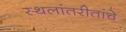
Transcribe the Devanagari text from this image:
स्थलांतरीतांचे